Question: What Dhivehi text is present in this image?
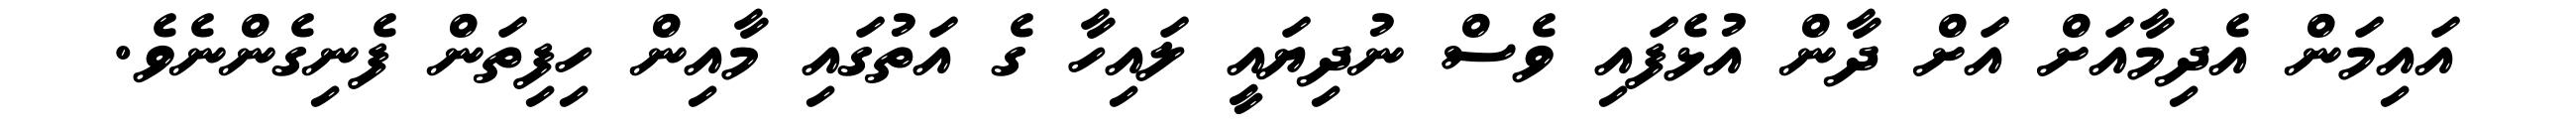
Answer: އައިމަން އެދިމާއަށް އަށް ދާން އުޅެފައި ވެސް ނުދިޔައީ ލައިހާ ގެ އަތުގައި މާއިން ހިފިތަން ފެނިގެންނެވެ.